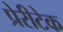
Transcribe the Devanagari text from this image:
प्रेरीटेक